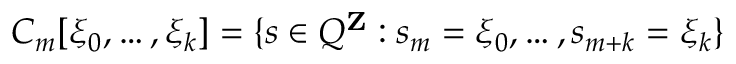
C _ { m } [ \xi _ { 0 } , \ldots , \xi _ { k } ] = \{ s \in Q ^ { \mathbf { Z } } : s _ { m } = \xi _ { 0 } , \ldots , s _ { m + k } = \xi _ { k } \}